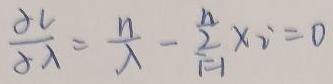
$\frac{\partial \mathcal{L}}{\partial \lambda}=\frac{n}{\lambda}-\frac{2}{n}\times\vec{r}=0$